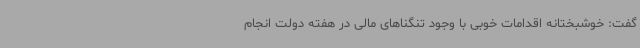
گفت: خوشبختانه اقدامات خوبی با وجود تنگناهای مالی در هفته دولت انجام